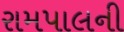
રામપાલની